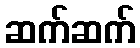
ဆက်ဆက်